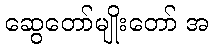
ဆွေတော်မျိုးတော် အ